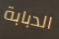
الدبابة